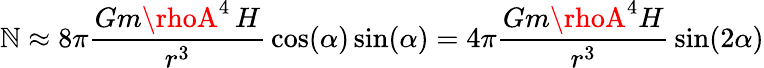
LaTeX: \mathbb{N}\approx8\pi{\frac{{Gm\rhoA^{4}\, H}}{{r^{3}}}}\cos(\alpha)\sin(\alpha)=4\pi{\frac{{Gm\rhoA^{4}H}}{{r^{3}}}}\sin(2\alpha)